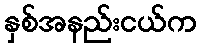
နှစ်အနည်းငယ်က